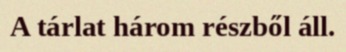
A tárlat három részből áll.